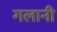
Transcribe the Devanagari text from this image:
गलानी